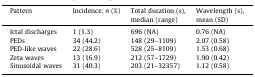
<table><thead><tr><td><b>Pattern</b></td><td><b>Incidence, <i>n</i> (%)</b></td><td><b>Total duration (s), median (range)</b></td><td><b>Wavelength (s), mean (SD)</b></td></tr></thead><tbody><tr><td>Ictal discharges</td><td>1 (1.3)</td><td>696 (NA)</td><td>0.76 (NA)</td></tr><tr><td>PEDs</td><td>34 (44.2)</td><td>148 (29–1109)</td><td>2.07 (0.58)</td></tr><tr><td>PED-like waves</td><td>22 (28.6)</td><td>528 (25–8109)</td><td>1.53 (0.68)</td></tr><tr><td>Zeta waves</td><td>13 (16.9)</td><td>212 (57–1729)</td><td>1.90 (0.42)</td></tr><tr><td>Sinusoidal waves</td><td>31 (40.3)</td><td>203 (21–32357)</td><td>1.12 (0.58)</td></tr></tbody></table>